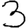
Digit: 3